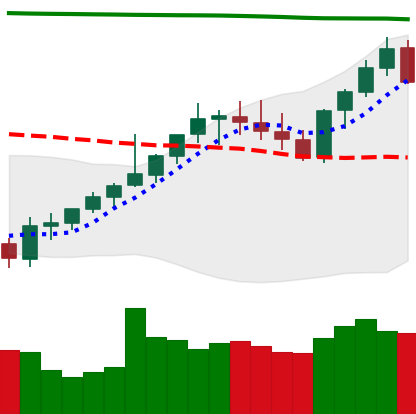
Ticker: XMR-USD
Chart end date: 2021-08-08
Forward return: 6.312%
Label: up_5_7